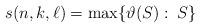
LaTeX: \begin{align*} s(n,k,\ell)=\max\{\vartheta(S):\: S \}\end{align*}